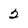
Character: 2